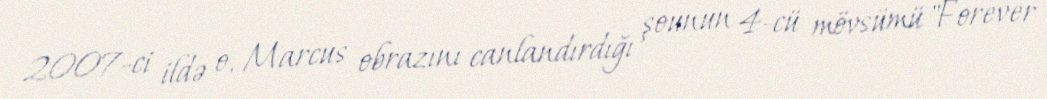
2007-ci ildə o, Marcus obrazını canlandırdığı şounun 4-cü mövsümü "Forever